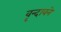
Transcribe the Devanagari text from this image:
वृन्दावने